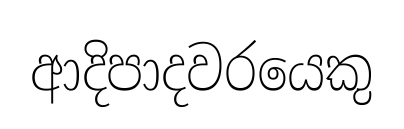
ආදිපාදවරයෙකු